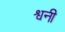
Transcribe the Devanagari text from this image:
श्वनी